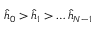
\hat { h } _ { 0 } > \hat { h } _ { 1 } > \dots \hat { h } _ { N - 1 }